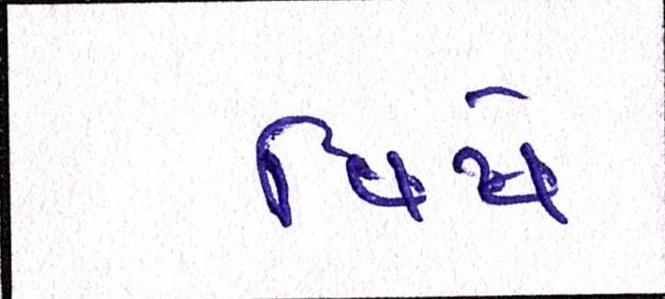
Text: વિષે